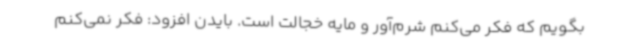
بگویم که فکر می‌کنم شرم‌آور و مایه خجالت است. بایدن افزود: فکر نمی‌کنم